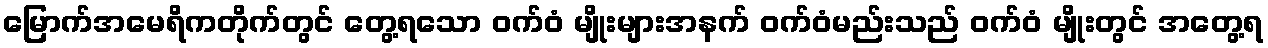
မြောက်အမေရိကတိုက်တွင် တွေ့ရသော ဝက်ဝံ မျိုးများအနက် ဝက်ဝံမည်းသည် ဝက်ဝံ မျိုးတွင် အတွေ့ရ